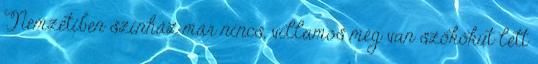
Nemzetiben színház már nincs, villamos még van szökőkút lett